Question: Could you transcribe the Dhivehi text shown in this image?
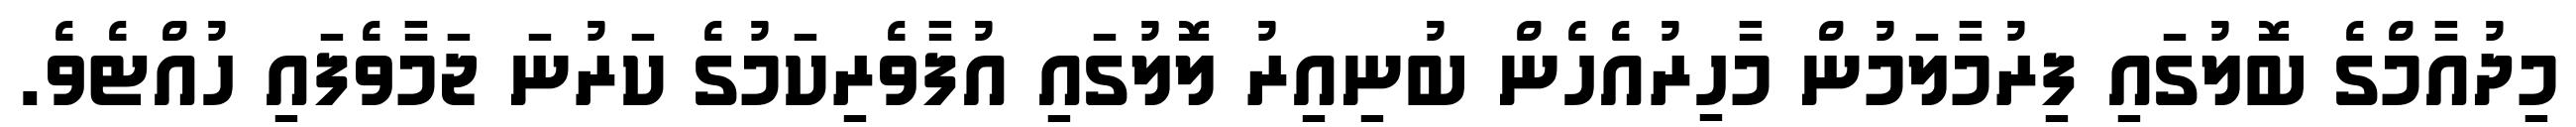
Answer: މިދުއާމްގެ ބޮލުގައި ފިރުމާލަމުން މާހިރުއެހެން ބުނިއިރު ލޮލުގައި އުފާވެރިކަމުގެ ކަރުނަ ޖަމާވެފައި ހުއްޓެވެ.